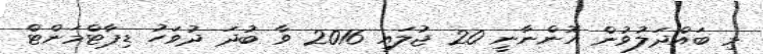
މި ބައްދަލުވުން އޮންނާނީ 20 ޖުލައި 2016 ވާ ބުދަ ދުވަހު ޑިޕާޓްމަންޓް